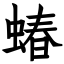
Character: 蝽